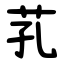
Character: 芤